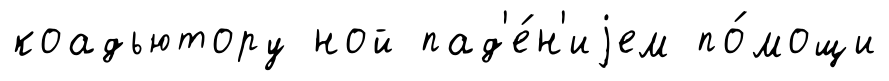
коадьютору ной пад'е́н'иjем по́мощи